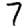
Digit: 7